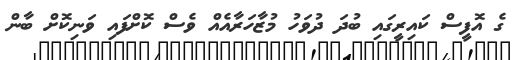
ގެ އޮފީސް ކައިރީގައި ބުދަ ދުވަހު މުޒާހަރާއެއް ވެސް ކޮށްފައި ވަނިކޮށް ބާން